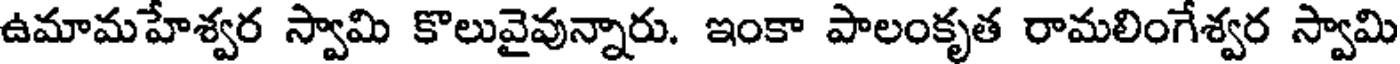
ఉమామహేశ్వర స్వామి కొలువైవున్నారు. ఇంకా పాలంకృత రామలింగేశ్వర స్వామి